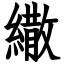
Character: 繖